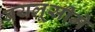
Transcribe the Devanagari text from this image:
बयलूसीमे